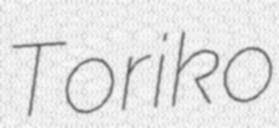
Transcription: Toriko